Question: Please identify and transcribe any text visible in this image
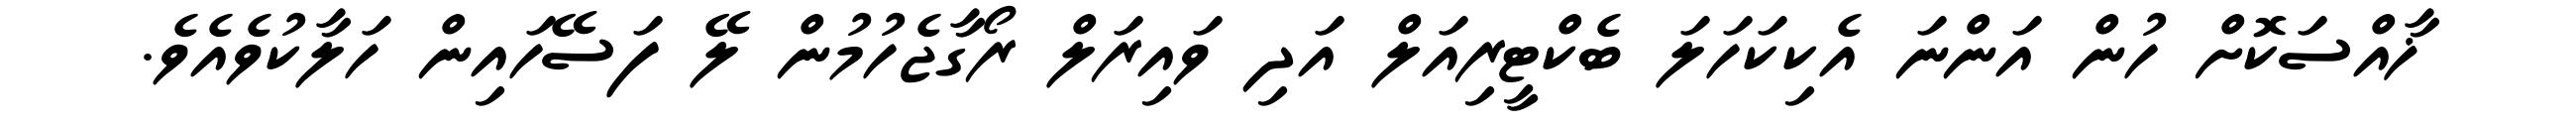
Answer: ޚާއްސަކޮށް ހުން އަންނަ އެކިކަހަލަ ބެކްޓީރިއަލް އަދި ވައިރަލް ރޯގާޖެހުމުން ލޭ ފަސޭހައިން ހަލާކުވެއެވެ.